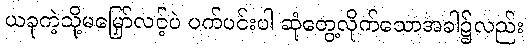
ယခုကဲ့သို့မမြှော်လင့်ပဲ ပက်ပင်းပါ ဆုံတွေ့လိုက်သောအခါ၌လည်း